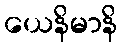
ယေနိမာနိ